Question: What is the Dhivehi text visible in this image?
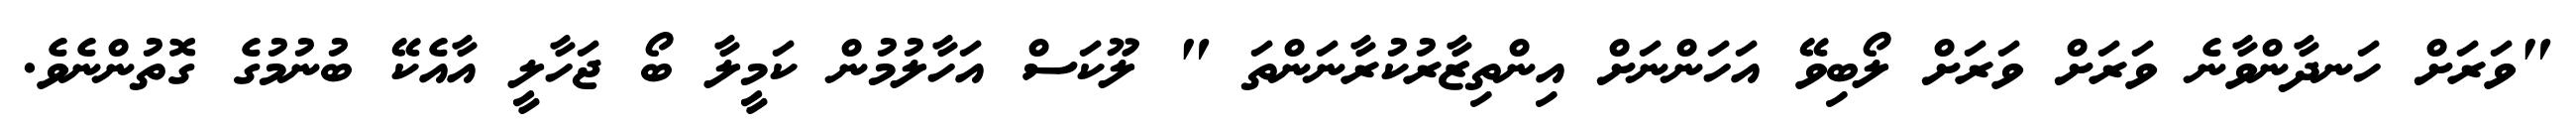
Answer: "ވަރަށް ހަނދާންވާނެ ވަރަށް ވަރަށް ލޯބިވޭ އަހަންނަށް އިންތިޒާރުކުރާނަންތަ " ލޫކަސް އަހާލުމުން ކަމީލާ ބޯ ޖަހާލީ އާއެކޭ ބުނުމުގެ ގޮތުންނެވެ.